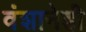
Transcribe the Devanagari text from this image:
वंशानेही